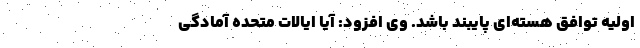
اولیه توافق هسته‌ای پایبند باشد. وی افزود: آیا ایالات متحده آمادگی